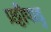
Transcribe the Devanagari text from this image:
प्रट्टीपाडु